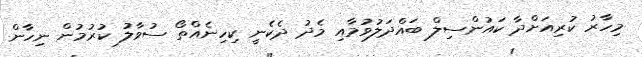
މިހާރު ކުރިއަށްދާ ކައުންސިލް ބައްދަލުވުމާއި މެދު ދެކެނީ ކިހިނެއްތޯ ސުވާލު ކުރުމުން ނިހާން